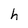
Character: h